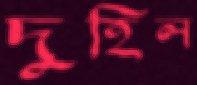
দুহিল